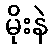
မိုးနဲ